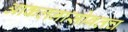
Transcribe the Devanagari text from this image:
आकलनासोबतच